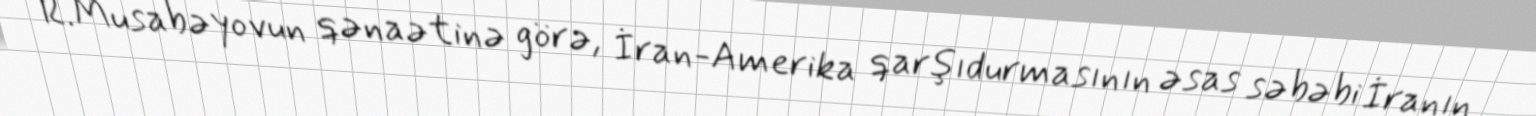
R.Musabəyovun qənaətinə görə, İran-Amerika qarşıdurmasının əsas səbəbi İranın